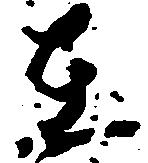
在